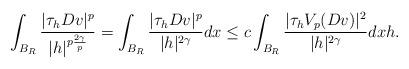
LaTeX: \begin{align*} \int_{B_R} \dfrac{|\tau_h Dv|^p}{|h|^{p \frac{2 \gamma}{p}}} = \int_{B_R} \dfrac{|\tau_h Dv|^p}{|h|^{2 \gamma}} dx \le c \int_{B_R} \dfrac{|\tau_h V_p(Dv)|^2}{|h|^{2 \gamma}} dx h.\end{align*}